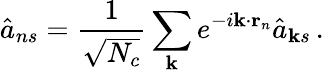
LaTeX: \hat{a}_{ns}=\frac{1}{\sqrt{N_{c}}}\sum_{\textbf{k}}e^{-i\textbf{k}\cdot\textbf{r}_{n}}\hat{a}_{\textbf{k}s}\, .